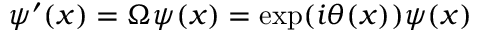
\psi ^ { \prime } ( x ) = \Omega \psi ( x ) = \exp ( i \theta ( x ) ) \psi ( x )